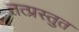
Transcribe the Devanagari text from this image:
तत्प्रस्तुत